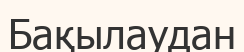
Бақылаудан